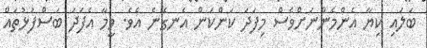
ބަލައި ކިޔާ އެންމެންނަށްވެސް މިފަދަ ކަންކަން އެނގޭނެ އެވެ. ވީމާ އެފަދަ ބަސްފުޅުތައް